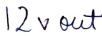
Text: 12V out